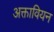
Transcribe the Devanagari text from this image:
अक्तावियन